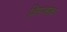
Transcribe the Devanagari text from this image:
शिमाओका